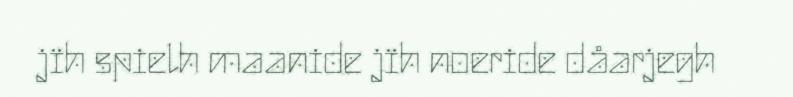
jïh spielh maanide jïh noeride dåarjegh